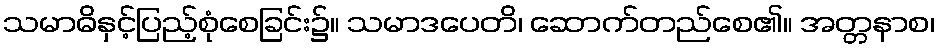
သမာဓိနှင့်ပြည့်စုံစေခြင်း၌။ သမာဒပေတိ၊ ဆောက်တည်စေ၏။ အတ္တနာစ၊